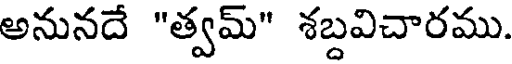
అనునదే "త్వమ్" శబ్దవిచారము.